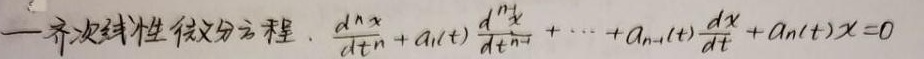
—齐次线性微分方程. $\frac{d^{n}x}{dt^{n}} + a_1(t)\frac{d^{n - 1}x}{dt^{n - 1}} + \cdots + a_{n - 1}(t)\frac{dx}{dt} + a_n(t)x = 0$